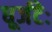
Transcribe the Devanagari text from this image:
धूर्जटेः